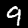
Label: 9